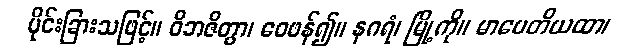
ပိုင်းခြားသဖြင့်။ ဝိဘဇိတွာ၊ ဝေဖန်၍။ နဂရံ၊ မြို့ကို။ မာပေတိယထာ၊